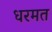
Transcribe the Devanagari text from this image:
धरमत